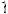
1